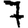
Digit: 7